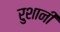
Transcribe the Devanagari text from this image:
रुशानी